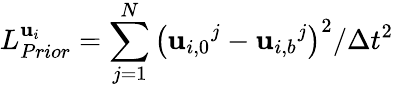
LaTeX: L_{Prior}^{{{\mathbf{u}}_{i}}}=\sum_{j=1}^{N}{{{\left({{\mathbf{u}}_{i,0}}^{j}-{{\mathbf{u}}_{i,b}}^{j}\right)}^{2}}/\Delta{{t}^{2}}}